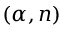
( \alpha , n )